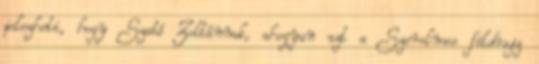
jelezheti, hogy Szabó Zoltánnak, ahogyan azt a Szerelmes földrajz